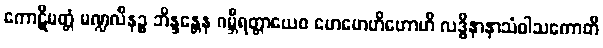
ကောဋိမတ္တံ မဏ္ဍလီနဉ္စ ဘိန္ဒန္တေန ဂမ္ဘီရတ္တာယေဝ ဟေဟေဟိဟောဟိ လဒ္ဓိနာနာသံဝါသကောတိ